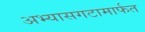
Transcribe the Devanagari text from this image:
अभ्यासगटामार्फत